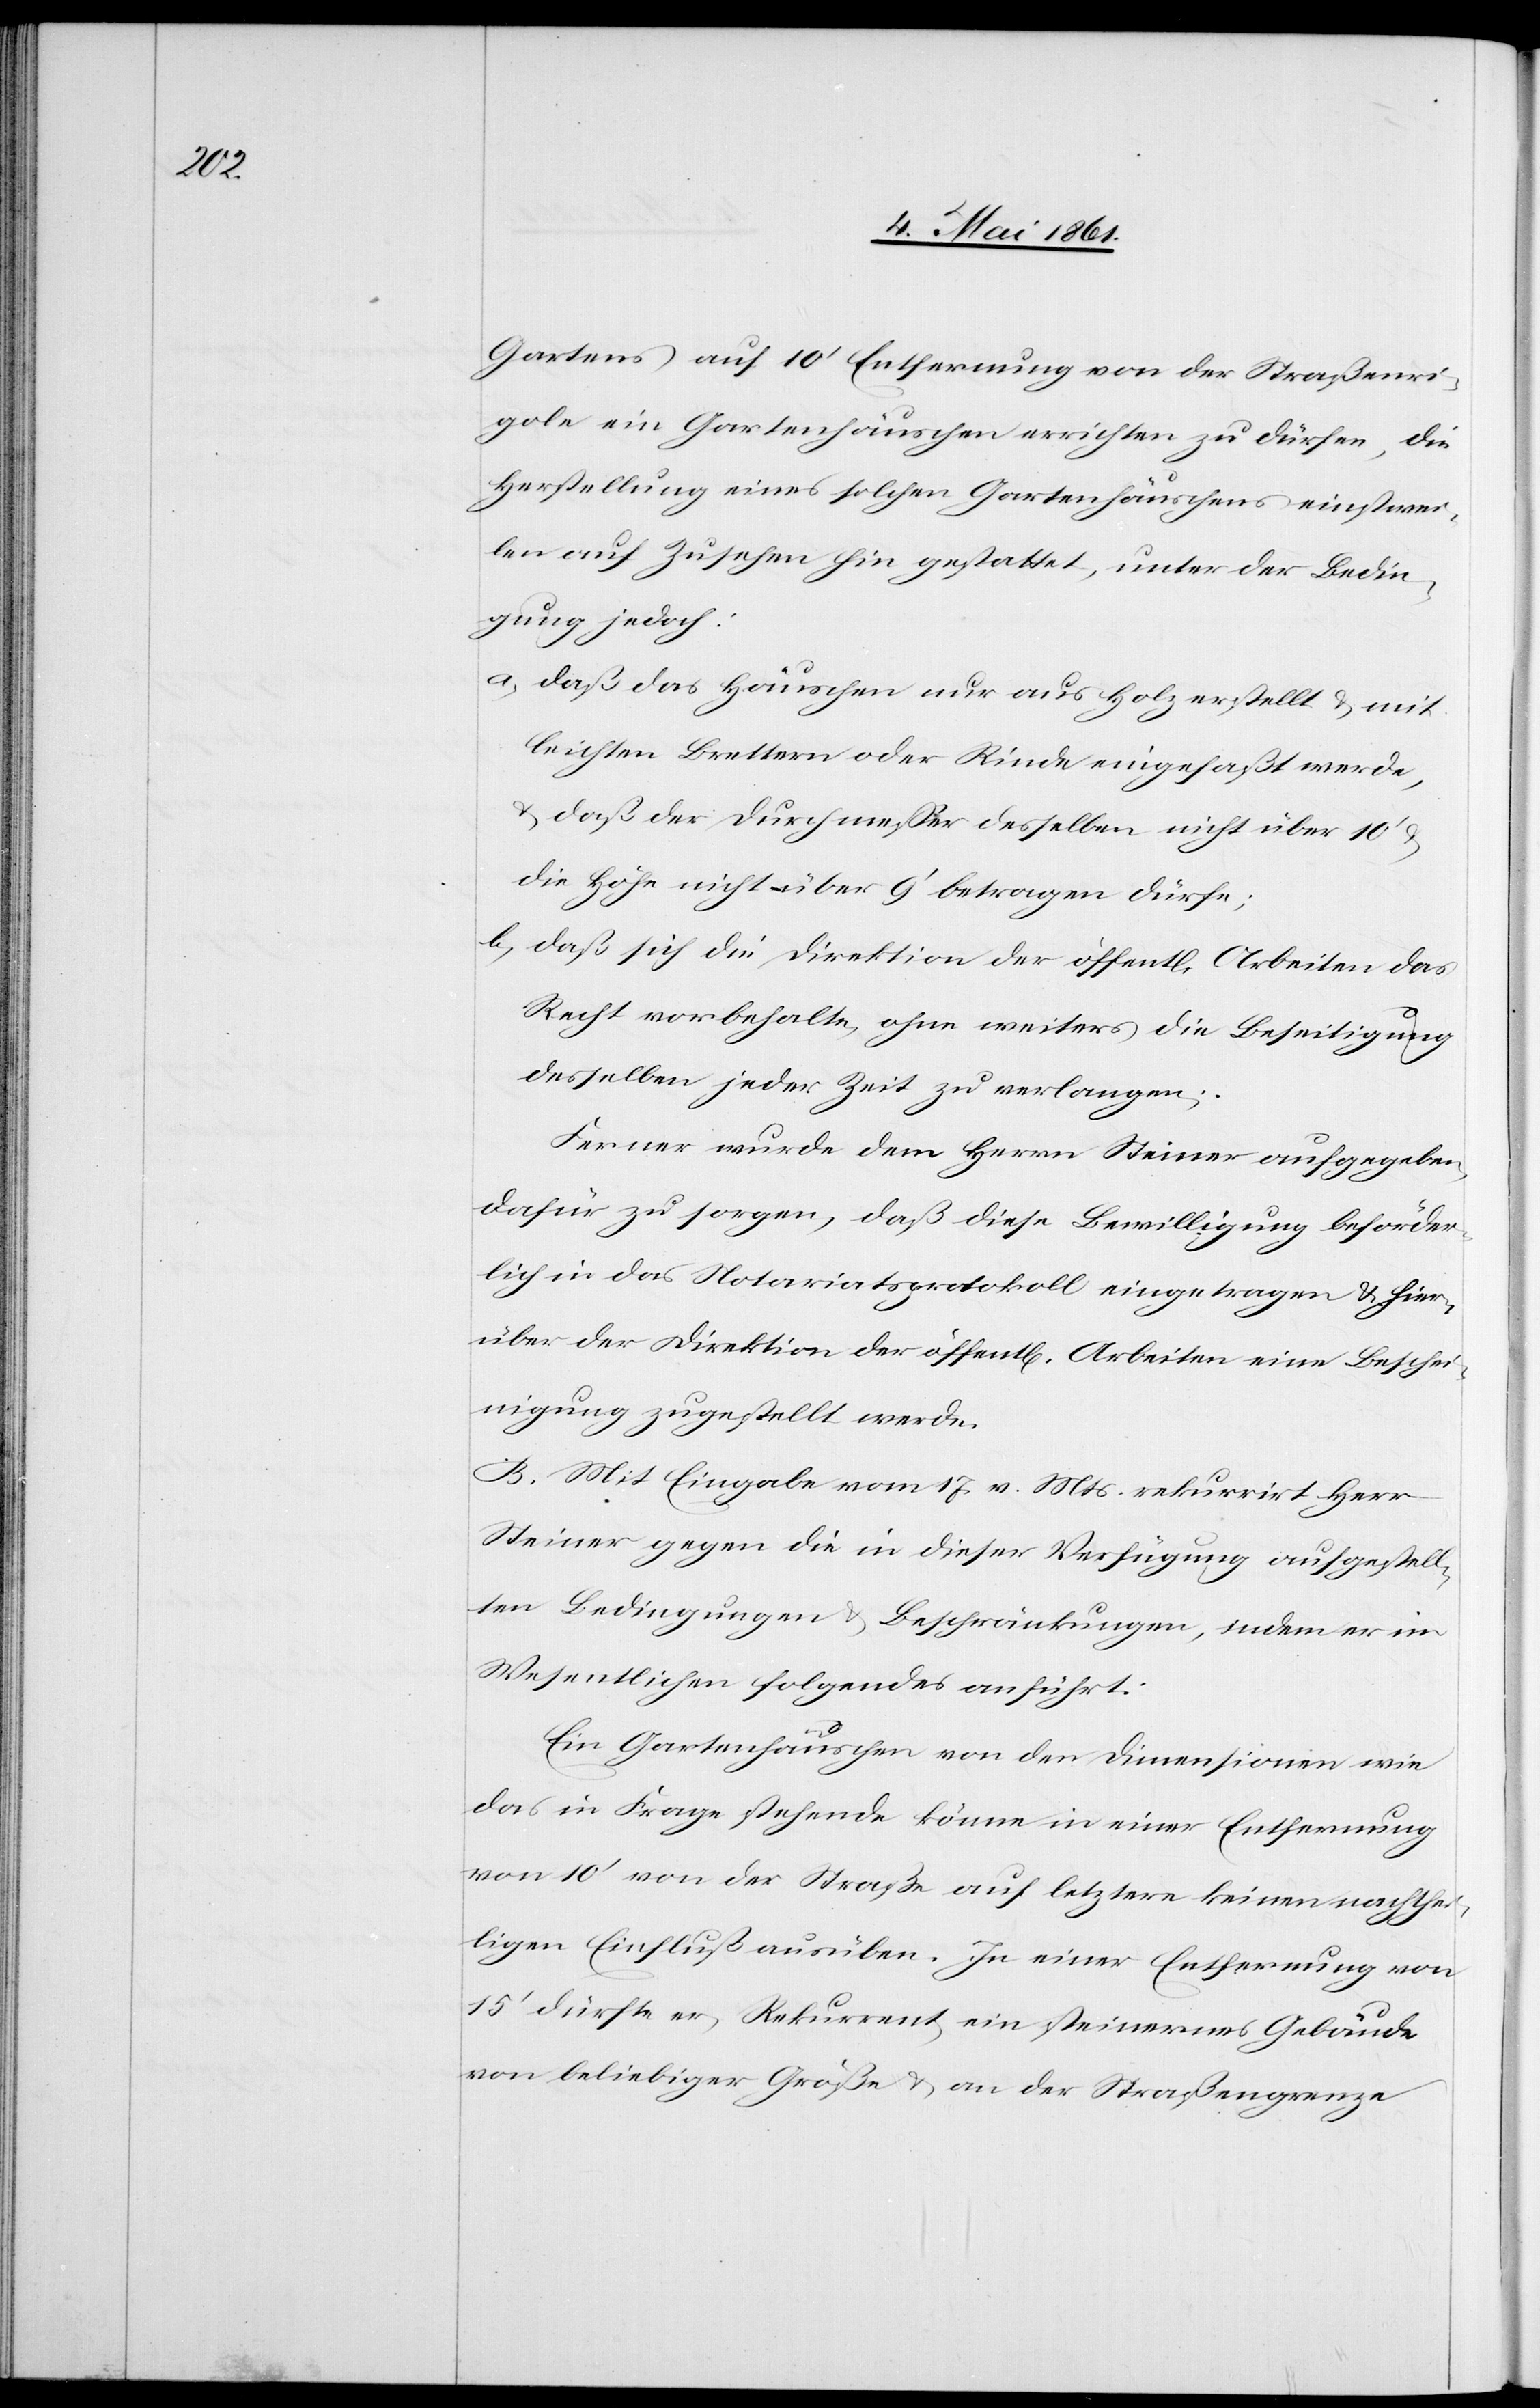
Gartens auf 10’ Entfernung von der Straßenri¬
gole ein Gartenhäuschen errichten zu dürfen, die
Herstellung eines solchen Gartenhäuschens einstwei¬
len auf Zusehen hin gestattet, unter der Bedin¬
gung jedoch:
a) daß das Häuschen nur aus Holz erstellt u. mit
leichten Brettern oder Rinde eingefaßt werde,
u. daß der Durchmesser desselben nicht über 10’ u.
die Höhe nicht über 9’ betragen dürfe;
b) daß sich die Direktion der öffentl. Arbeiten das
Recht vorbehalte, ohne weiters die Beseitigung
desselben jeder Zeit zu verlangen;
Ferner wurde dem Herrn Steiner aufgegeben,
dafür zu sorgen, daß diese Bewilligung beförder¬
lich in das Notariatsprotokoll eingetragen u. hier¬
über der Direktion der öffentl. Arbeiten eine Beschei¬
nigung zugestellt werde.
B. Mit Eingabe vom 17. v. Mts. rekurrirt Herr
Steiner gegen die in dieser Verfügung aufgestell¬
ten Bedingungen u. Beschränkungen, indem er im
Wesentlichen folgendes anführt:
Ein Gartenhäuschen von den Dimensionen wie
das in Frage stehende könne in einer Entfernung
von 10’ von der Straße auf letztere keinen nachthei¬
ligen Einfluß ausüben. In einer Entfernung von
15’ dürfte er, Rekurrent, ein steinernes Gebäude
von beliebiger Größe u. an der Straßengrenze